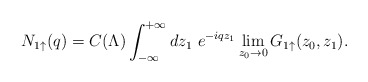
\begin{align*}N_{1 \uparrow}(q) = C(\Lambda) \int^{+\infty}_{-\infty} dz_1~ e^{-iqz_1}\lim_{z_0 \rightarrow 0} G_{1\uparrow}(z_0, z_1).\end{align*}